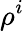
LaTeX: \rho^{i}